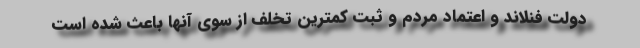
دولت فنلاند و اعتماد مردم و ثبت کمترین تخلف از سوی آنها باعث شده است